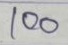
100